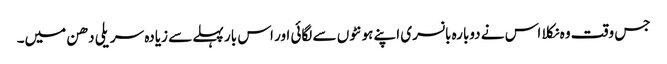
جس وقت وہ نکلا اس نے دوبارہ بانسری اپنے ہونٹوں سے لگائی اور اس بار پہلے سے زیادہ سریلی دھن میں۔